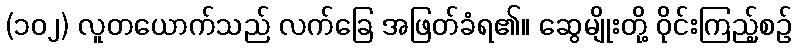
(၁၀၂) လူတယောက်သည် လက်ခြေ အဖြတ်ခံရ၏။ ဆွေမျိုးတို့ ဝိုင်းကြည့်စဉ်